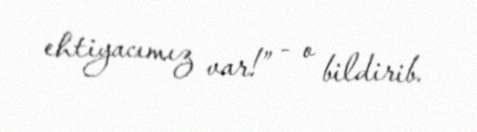
ehtiyacımız var!” - o bildirib.